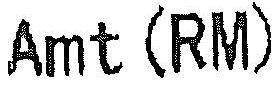
AMT (RM)